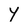
Character: Y